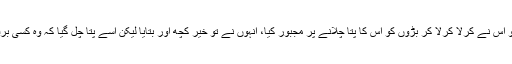
جب چھوٹے کی جانب سے خاموشی کے وقفے میں طوالت آئی تو اس نے کرلا کرلا کر بڑوں کو اس کا پتا چلانے پر مجبور کیا، انہوں نے تو خیر کچھ اور بتایا لیکن اسے پتا چل گیا کہ وہ کسی برفیلے ملک کی جیل میں ہے اور اسے باہر نکالنے والا کوئی نہیں۔